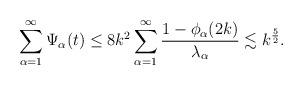
LaTeX: \begin{align*}\sum_{\alpha=1}^\infty\Psi_\alpha(t)\leq 8k^2\sum_{\alpha=1}^\infty\frac{1-\phi_\alpha(2k)}{\lambda_\alpha}\lesssim k^\frac{5}{2}.\end{align*}